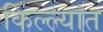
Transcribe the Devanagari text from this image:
किल्ल्यांत